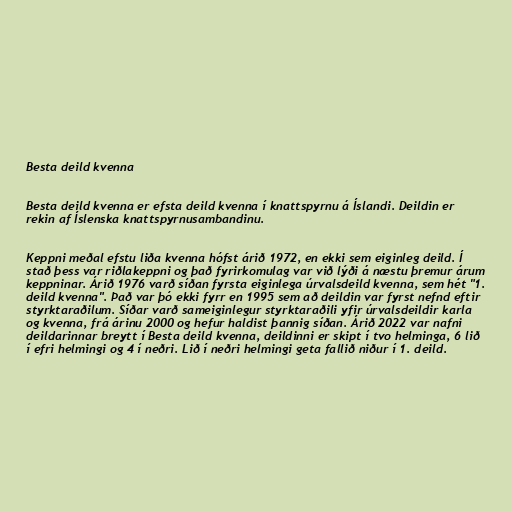
Besta deild kvenna

Besta deild kvenna er efsta deild kvenna í knattspyrnu á Íslandi. Deildin er
rekin af Íslenska knattspyrnusambandinu.

Keppni meðal efstu liða kvenna hófst árið 1972, en ekki sem eiginleg deild. Í
stað þess var riðlakeppni og það fyrirkomulag var við lýði á næstu þremur árum
keppninar. Árið 1976 varð síðan fyrsta eiginlega úrvalsdeild kvenna, sem hét "1.
deild kvenna". Það var þó ekki fyrr en 1995 sem að deildin var fyrst nefnd eftir
styrktaraðilum. Síðar varð sameiginlegur styrktaraðili yfir úrvalsdeildir karla
og kvenna, frá árinu 2000 og hefur haldist þannig síðan. Árið 2022 var nafni
deildarinnar breytt í Besta deild kvenna, deildinni er skipt í tvo helminga, 6 lið
í efri helmingi og 4 í neðri. Lið í neðri helmingi geta fallið niður í 1. deild.